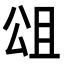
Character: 𭁎